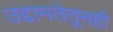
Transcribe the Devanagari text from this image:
उद्दामतेतूनही